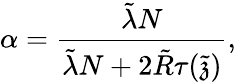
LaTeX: \alpha=\frac{\tilde{\lambda}N}{\tilde{\lambda}N+2\tilde{R}\tau(\tilde{\mathfrak{z}})},